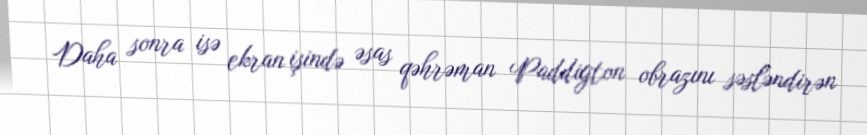
Daha sonra isə ekran işində əsas qəhrəman Paddigton obrazını səsləndirən